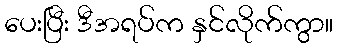
ပေးပြီး ဒီအရပ်က နှင်လိုက်ကွာ။